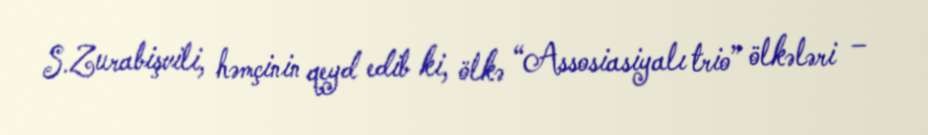
S.Zurabişvili, həmçinin qeyd edib ki, ölkə “Assosiasiyalı trio” ölkələri –